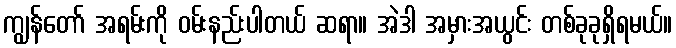
ကျွန်တော် အရမ်းကို ဝမ်းနည်းပါတယ် ဆရာ။ အဲဒါ အမှားအယွင်း တစ်ခုခုရှိရမယ်။